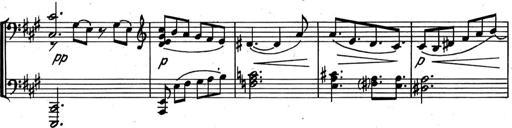
Title: Kleine Sonate
Composer: Raoul Koczalski
Key: C major